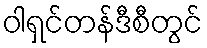
ဝါရှင်တန်ဒီစီတွင်